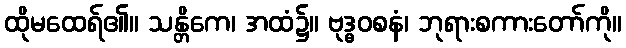
ထိုမထေရ်၏။ သန္တိကေ၊ အထံ၌။ ဗုဒ္ဓဝစနံ၊ ဘုရားစကားတော်ကို။